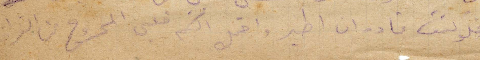
فلو كنت قادر ان اطير واقبل لكم من قلبي المجروح من الفراق